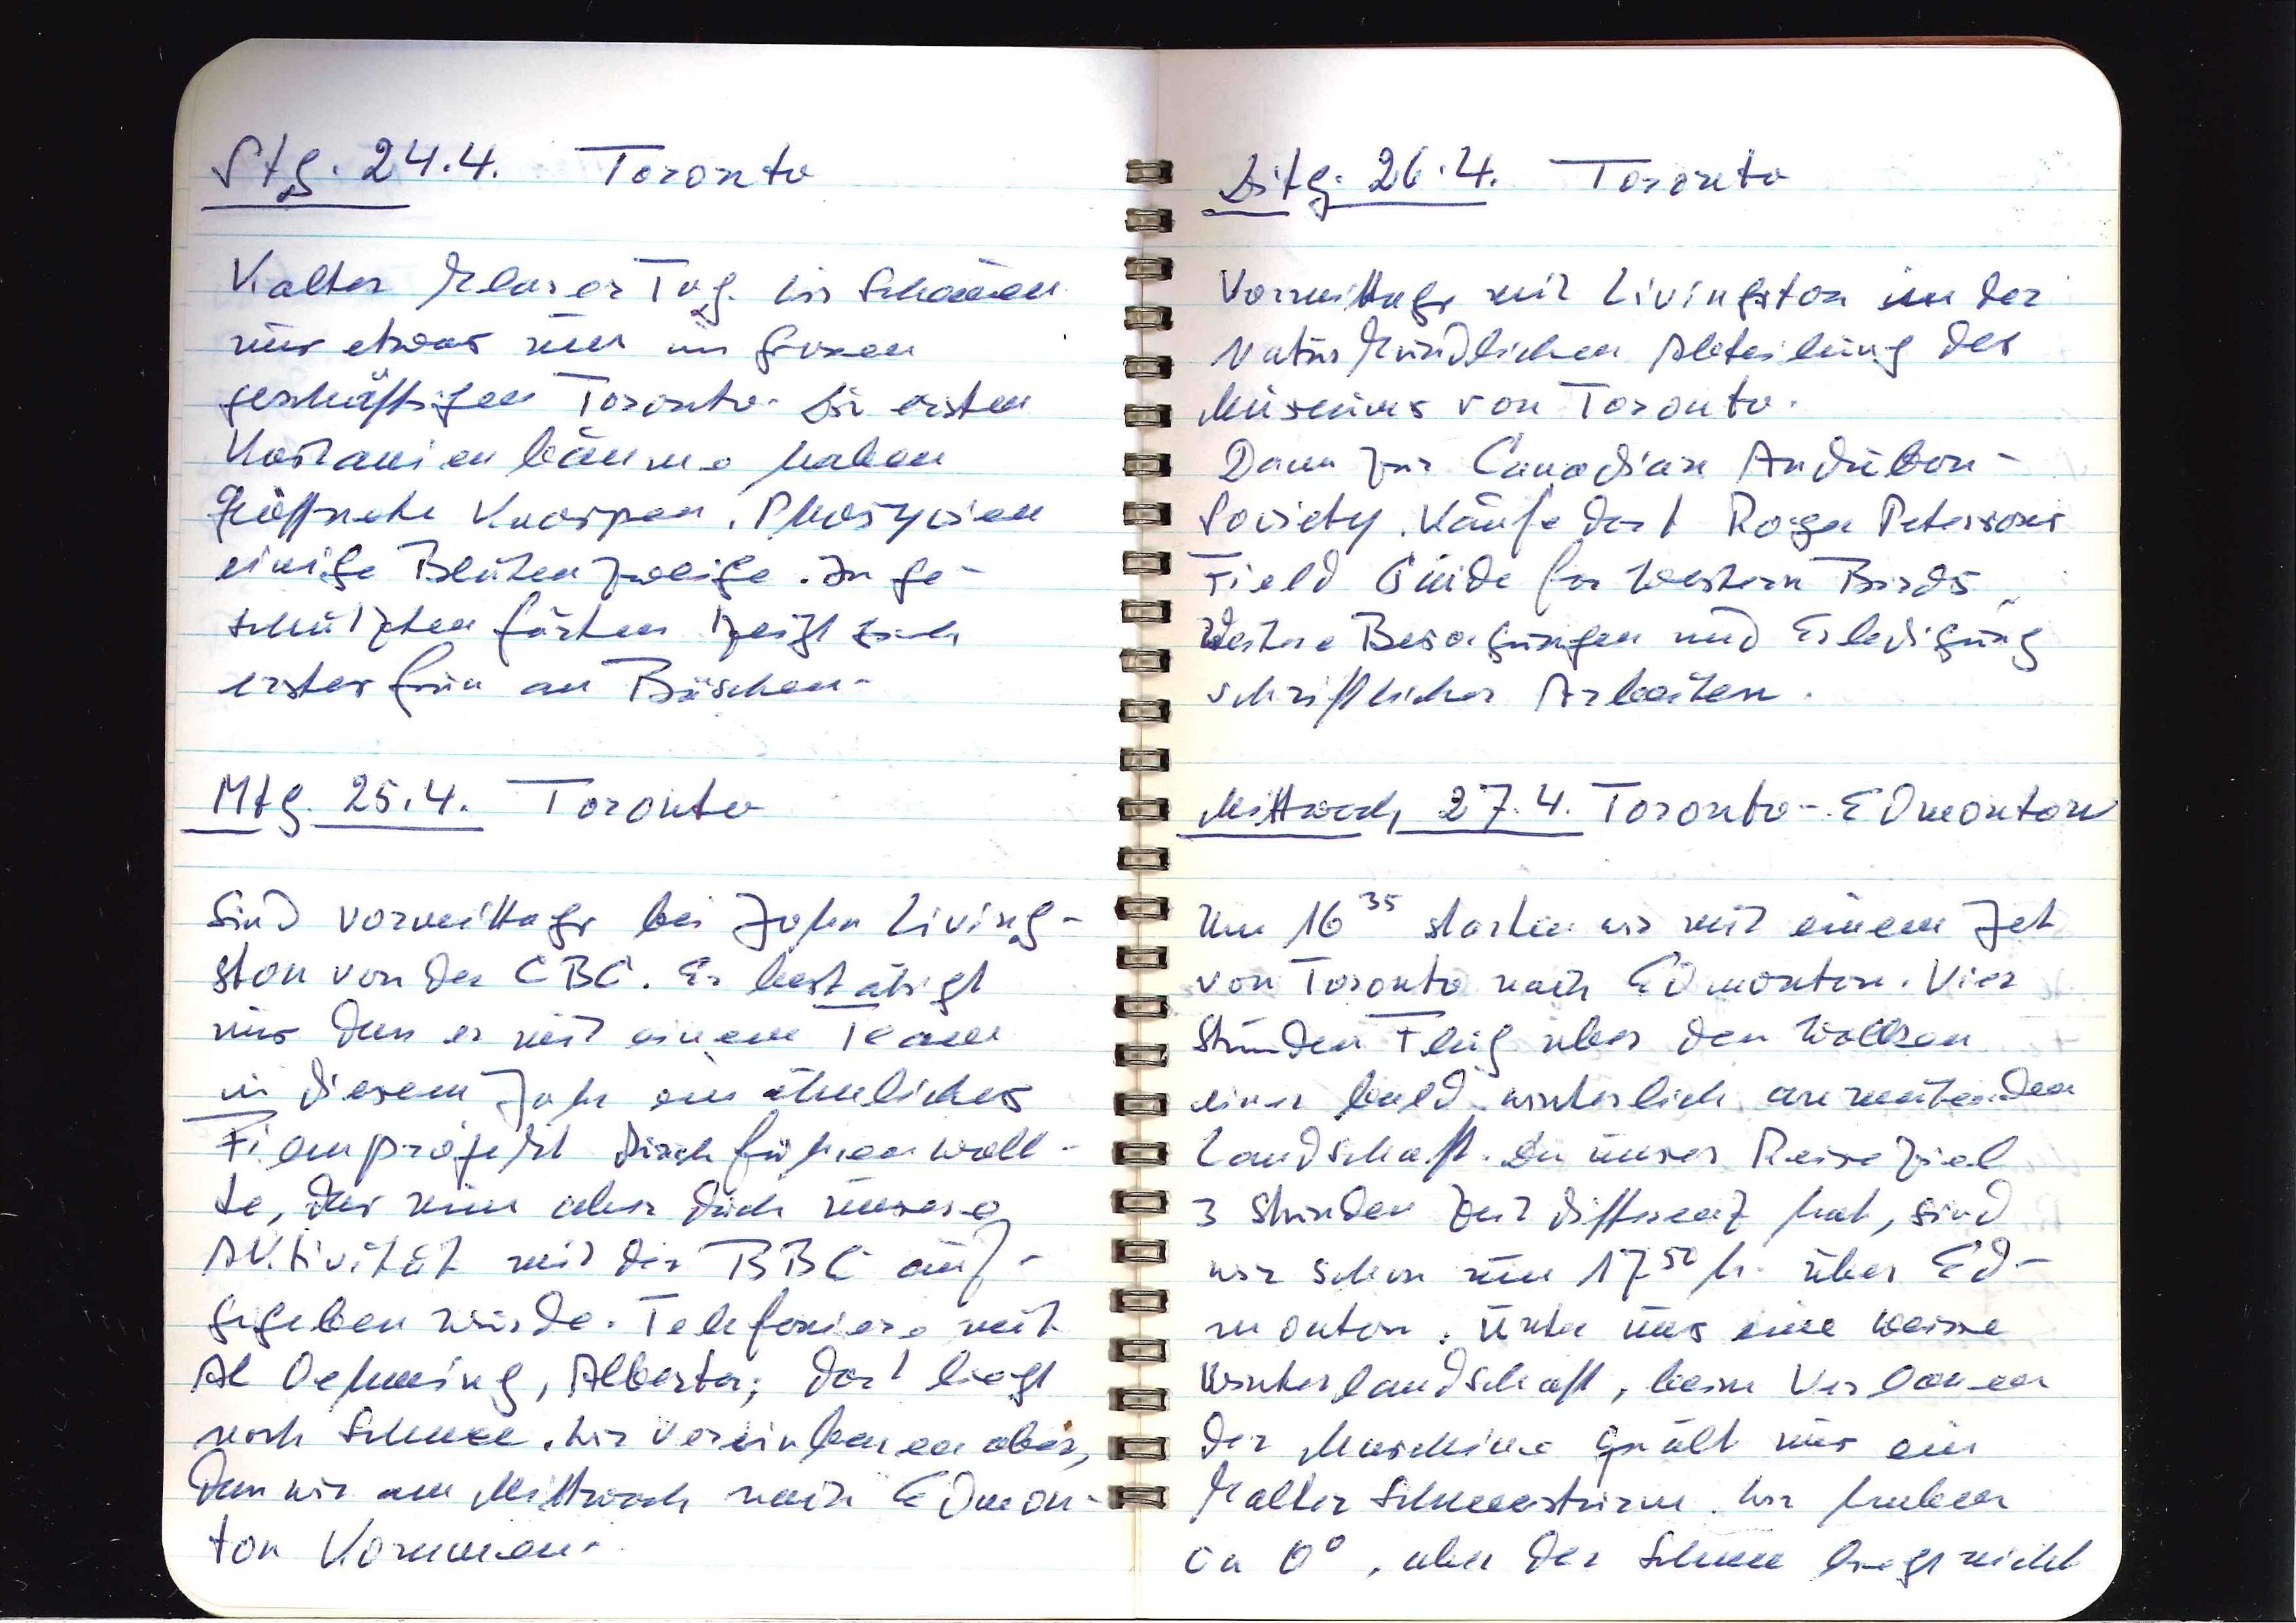
Stg. 24.4. Toronto
Kalter klarer Tag. Wir schauen
uns etwas um im grossen
geschäftigen Toronto. Die ersten
Kastanienbäume haben
geöffnete Knospen. Phosyzien
einige Blütenzweige. In ge¬
schützten Gärten zeigt sich
erstes Grün an Büschen.
Mtg. 25.4. Toronto
Sind vormittags bei John Living¬
ston von der CBC. Er bestätigt
uns dass er mit einem Team
in diesem Jahr ein ähnliches
Filmprojekt durchführen woll¬
te, das nun aber durch unsere
Aktivität mit der BBC auf¬
gegeben wurde. Telefoniere mit
Al Oehming, Alberta; dort liegt
noch Schnee. Wir vereinbaren aber,
dass wir am Mittwoch nach Edmon¬
ton kommen.

Ditg. 26.4. Toronto
Vormittags mit Livingston in der
naturkundlichen Abteilung des
Museums von Toronto.
Dann zur Canadian Audubon-
Society. Kaufe dort Roger Petersons
Field Guide for Western Birds.
Weitere Besorgungen und Erledigung
schriftlicher Arbeiten.
Mittwoch 27.4. Toronto — Edmonton
Um 1635 starten wir mit einem Jet
von Toronto nach Edmonton. Vier
Stunden Flug über den Wolken
einer bald winterlich anmutenden
Landschaft. Da unser Reiseziel
3 Stunden Zeitdifferenz hat, sind
wir schon um 1750 h. über Ed¬
monton. Unter uns eine weisse
Winterlandschaft, beim Verlassen
der Maschine quält uns ein
kalter Schneesturm. Wir haben
ca 0°, aber der Schnee liegt nicht